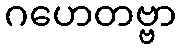
ဂဟေတဗ္ဗာ